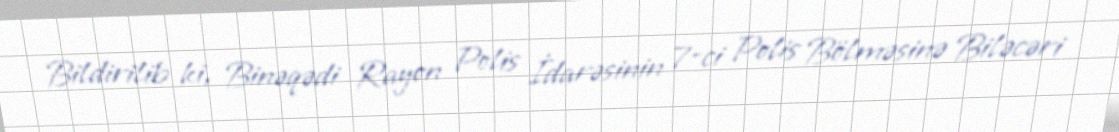
Bildirilib ki, Binəqədi Rayon Polis İdarəsinin 7-ci Polis Bölməsinə Biləcəri